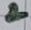
Text: 2